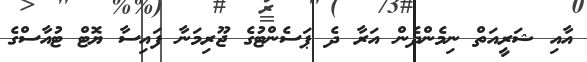
އާއި ޝަރީއަތް ނިމެންދެން އަރާ ދެ ޕަސެންޓުގެ ޖޫރިމަނާ ފައިސާ ޔޮޓް ޓުއާސްގެ